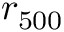
r _ { 5 0 0 }